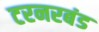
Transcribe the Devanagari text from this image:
टरनरबंड